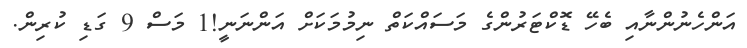
އަންހެނުންނާއި ބެހޭ ޑޮކްޓަރުންގެ މަސައްކަތް ނިމުމަކަށް އަންނަނީ!1 މަސް 9 ގަޑި ކުރިން.